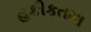
હકીકતમા